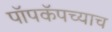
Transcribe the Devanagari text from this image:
पॉपकॅपच्याच